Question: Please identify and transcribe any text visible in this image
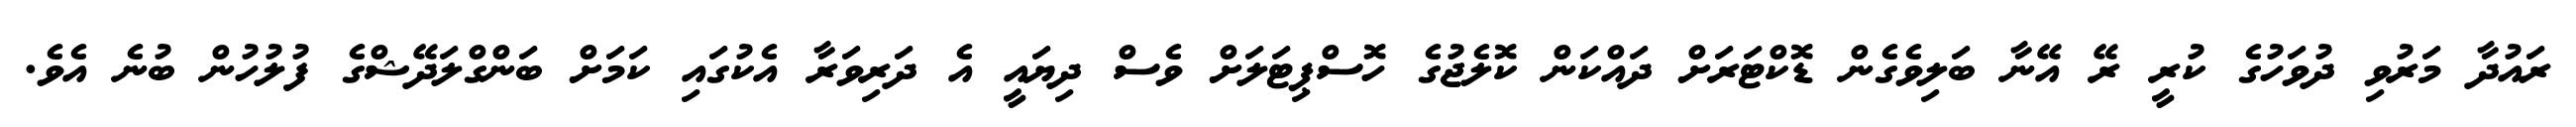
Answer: ރައުދާ މަރުވި ދުވަހުގެ ކުރީ ރޭ އޭނާ ބަލިވެގެން ޑޮކްޓަރަށް ދައްކަން ކޮލެޖުގެ ހޮސްޕިޓަލަށް ވެސް ދިޔައީ އެ ދަރިވަރާ އެކުގައި ކަމަށް ބަންގްލަދޭޝްގެ ފުލުހުން ބުނެ އެވެ.